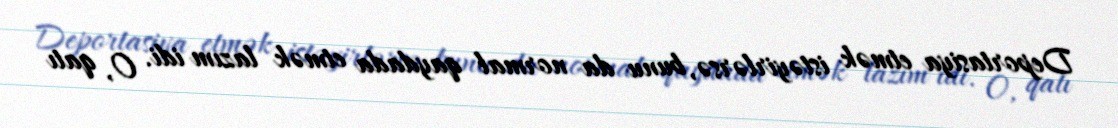
Deportasiya etmək istəyirlərsə, bunu da normal qaydada etmək lazım idi. O, qatı